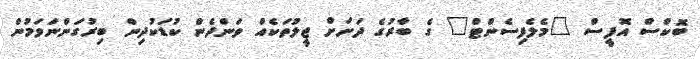
ބޮކްސް އޮފީސް "މެލެފިސެންޓް" ގެ ބާރުގެ ދަށަށް ޖީލުތަކެއް ވަންދެން ކުޑަކުދިން ބިރުގަންނަވަމުން